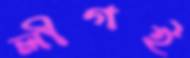
লীগই